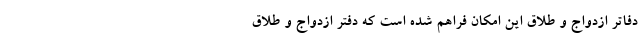
دفاتر ازدواج و طلاق این امکان فراهم شده است که دفتر ازدواج و طلاق